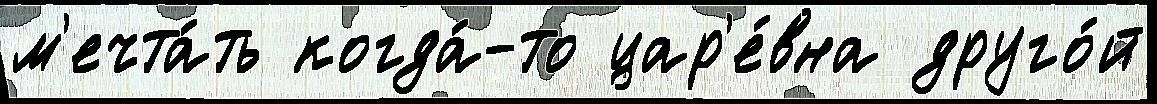
м'ечта́ть когда́-то цар'е́вна друго́й